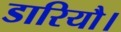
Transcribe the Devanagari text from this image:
डारियौ।